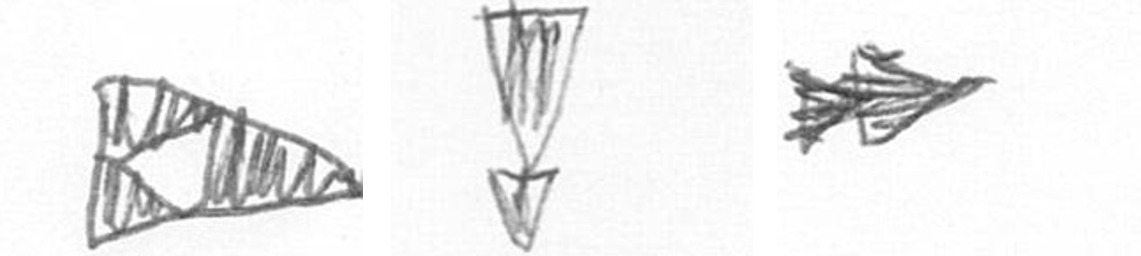
K Z A